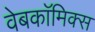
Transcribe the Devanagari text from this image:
वेबकाॅमिक्स